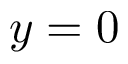
y = 0